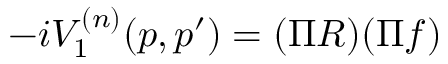
- i V _ { 1 } ^ { ( n ) } ( p , p ^ { \prime } ) = ( \Pi R ) ( \Pi f )